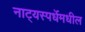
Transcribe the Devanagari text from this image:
नाट्यस्पर्धेमधील